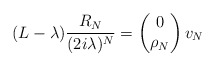
\begin{align*} (L-\lambda)\frac{R_N}{(2i\lambda)^N}= \begin{pmatrix}0\\ \rho_N\end{pmatrix}v_N\end{align*}